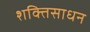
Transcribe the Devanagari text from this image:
शक्तिसाधन